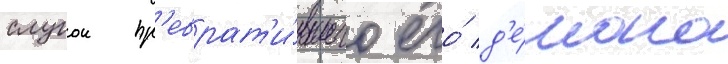
слугои пр'еврат'и́вшего его́ д'е́мона